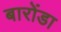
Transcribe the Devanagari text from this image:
बारोंडा